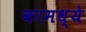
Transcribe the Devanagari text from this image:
कामध्ये